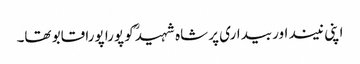
اپنی نیند اور بیداری پر شاہ شہیدؒ کو پورا پورا قابو تھا۔